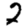
Digit: 2